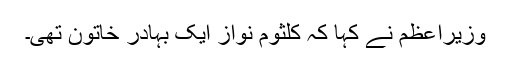
وزیراعظم نے کہا کہ کلثوم نواز ایک بہادر خاتون تھی۔